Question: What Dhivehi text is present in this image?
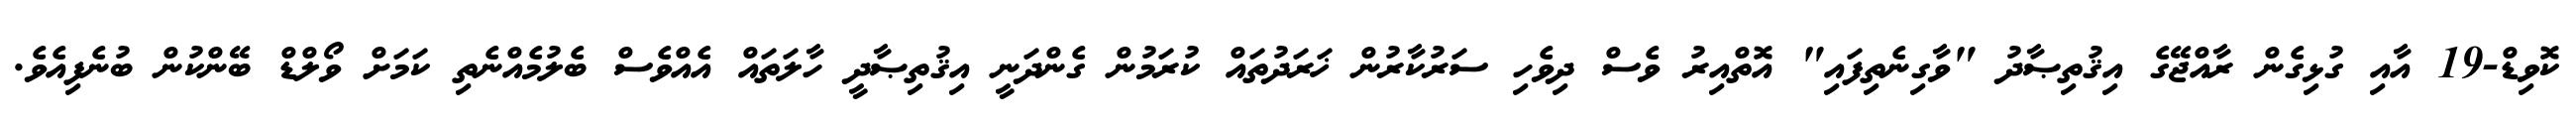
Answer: ކޮވިޑް-19 އާއި ގުޅިގެން ރާއްޖޭގެ އިޤުތިޞާދު "ވާގިނެތިފައި" އޮތްއިރު ވެސް ދިވެހި ސަރުކާރުން ޚަރަދުތައް ކުރަމުން ގެންދަނީ އިޤުތިޞާދީ ހާލަތައް އެއްވެސް ބެލުމެއްނެތި ކަމަށް ވޯލްޑް ބޭންކުން ބުނެފިއެވެ.